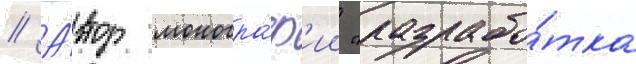
// А́втор моногра́ф'ии "разрабо́тка